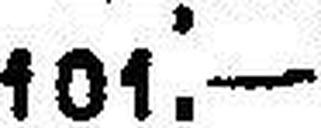
101.—